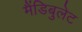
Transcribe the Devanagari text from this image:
मैंडिबुलेट